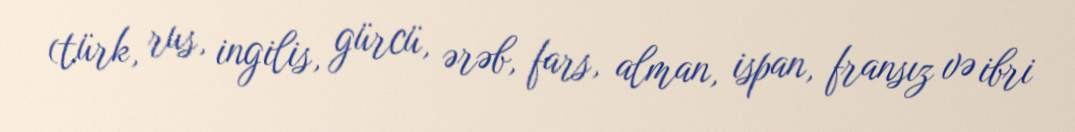
(türk, rus, ingilis, gürcü, ərəb, fars, alman, ispan, fransız və ibri